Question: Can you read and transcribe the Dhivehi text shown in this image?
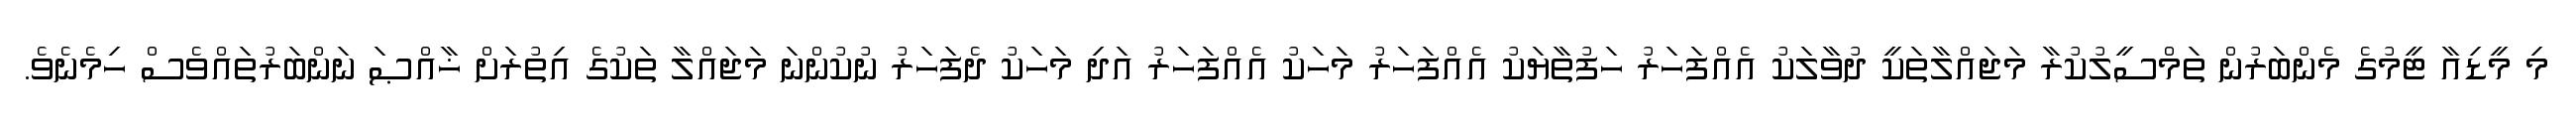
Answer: މި މީޑިއާ ޓީމުގެ މެންބަރުން ތަމްސީލުކުރާ މަޖައްލާތަކީ ދުވާލަކު އެއްފަހަރު ހަފުތާޔަކު އެއްފަހަރު މަހަކު އެއްފަހަރު އަދި މަހަކު ދެފަހަރު ނުކުންނަ މަޖައްލާ ތަކުގެ އިތުރަށް ޚާއްޞަ ނަންބަރުތައްވެސް ހިމެނެވެ.